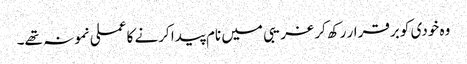
وہ خودی کو برقرار رکھ کر غریبی میں نام پیدا کرنے کا عملی نمونہ تھے۔